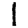
Digit: 1